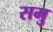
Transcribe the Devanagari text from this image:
समु